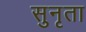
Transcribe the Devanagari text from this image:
सुनृता